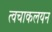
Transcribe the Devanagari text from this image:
त्वचाकलयन